Annual report on the lock hospitals of the Madras Presidency
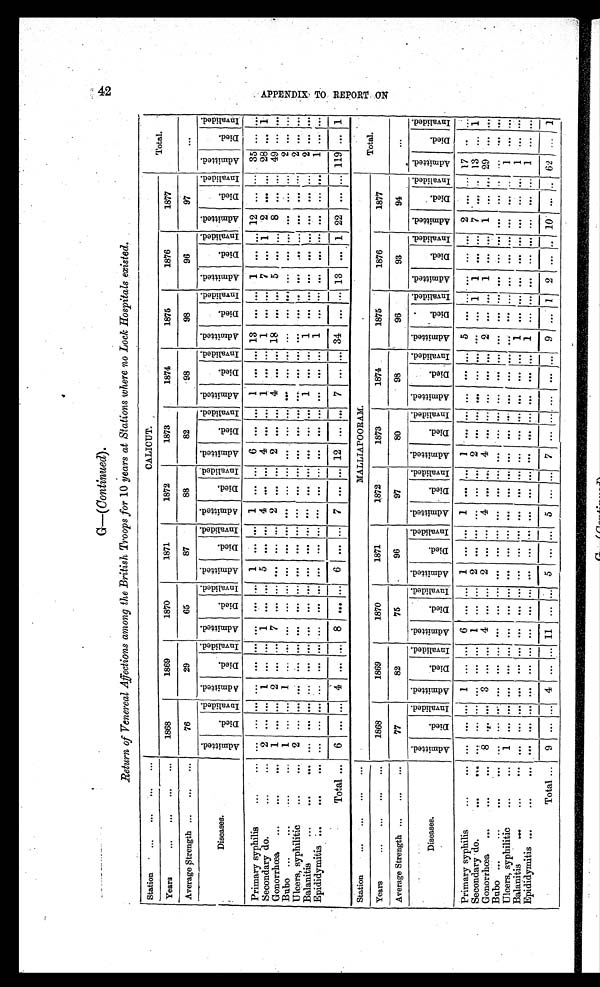
G—(Continued).
Return of Venereal Affections among the British Troops for 10 years at Stations where no Lock Hospitals existed.
Station ... ... ... ... ...
CALICUT.
Total.
Years
... ... ...
1868
1869
1870
1871
1872
1873
1874
1875
1876
1877
Average Strength ... ... ...
76
29
65
87
88
82
98
98
96
97
. . .
Diseases.
A d m i t t e d . D i e d . I n v a l i d e d .
A d m i t t e d .
D i e d .
I n v a l i d e d .
A d m i t t e d . Di e d . I n v a l i d e d . A d m i t t e d . Di e d . I n v a l i d e d .
A d m i t t e d .
D i e d . I n v a l i d e d . Ad mi t t e d . D i e d . I n v a l i d e d . A d m i t t e d . D i e d . I n v a l i d e d . A d m i t t e d . D i e d . I n v a l i d e d . A d m i t t e d . D i e d . I n v a l i d e d . A d m i t t e d . D i e d . I n v a l i d e d . A d m i t t e d .
Died.
I n v a l i d e d .
Primary syphilis
...
.... ... ...... ... ... ... ...
1 . . . . . . 1 . . . . . . 6 . . . . . . 1 . . . . . . . . . 13 . . . . . . 1 . . . . . . 12 . . . . . . 35 . . . . . .
Secondary do.
... 2 ... ... 1 . . . . . . 1
. . . . . . 5 . . . . . . 4 . . . . . . 4 . . . . . . 1 . . . . . . 1 . . . . . . 7 . . . 1 2 . . . . . . 28 . . . 1
Gonorrhœa...
...
... 1 ... ... 2 ... ... 7 ... ... ... ... ... 2 ... ... 2 . . . . . . 4 . . . . . . 18 . . . . . . 5 . . . . . . 8 . . . . . . 49 . . . . . .
Bubo ...
...
...
... 1 . . . ... 1 . . . ... . . . ... ... ... ... ... . . . ... ... ... . . . ... . . . . . . . . . . . . . . . . . . . . . . . . . . . . . . . . . . . . . 2 . . . . . .
Ulcers, syphilitic ... ...
2 ... ... . . . ... ... ... ... ... ... ... ... ... ... ... ... . . . ... . . . . . . . . . . . . . . . . . . . . .
. . . . . . . . .
. . . . . . 2 . . . . . .
Balanitis
...
...
... ... ... ... . . . ... ... ... ... ... ... ... ... . . . . . . ... ... . . . ... 1 . . . . . . 1 . . . . . . . . . . . . . . . . . . . . . . . . 2 . . . . . .
Epididymitis ...
...
... ... ... . . . ... ... ... ... ... ... ... ... . . . ... ... ... ... ... . . . . . . . . . 1 . . . . . . . . . . . . . . . . . . . . . . . . 1 . . . . . .
Total... 6 ... ... 4 ... ... 8
. . . . . . 6 . . . . . . 7 . . . . . . 12 . . . . . . 7 . . . . . . 34 . . . . . . 13 . . . 1 22 . . . . . . 119 . . . 1
Station
... ...
MALLIAPOORAM.
Total.
Years
... ... ... ...
1868
1869
1870
1871
1872
1873
1874
1875
1876
1877
Average Strength ... ... ...
77
82
75
96
97
80
98
96
9 3
94
. . .
Diseases.
A d m i t t e d .
D i e d . I n v a l i d e d . A d m i t t e d .
D i e d . I n v a l i d e d . A d m i t t e d . Di e d. I n v a l i d e d . A d m i t t e d . Di e d . I n v a l i d e d . A d m i t t e d . D i e d . I n v a l i d e d . Ad mi t t e d . D i e d . I n v a l i d e d . A d m i t t e d . Died. I n v a l i d e d . A d m i t t e d .
D i e d . I n v a l i d e d . A d m i t t e d . D i e d . I nval i d A d m i t t e d . D i e d . I n v a l i d Ad mi t t e d . Di ed. I nva l i d
Primary syphilis
...
. . . . . . . . . 1 . . . . . . 6
. . . . . . 1 . . . . . . 1 . . . . . . 1 . . . . . . . . . . . . . . . 5 . . . . . . . . . . . . . . . 2 . . . . . . 17 . . . . . .
Secondary do.
...
. . . . . . . . . . . . . . . . . . 1
. . . . . . 2 . . . . . . . . . . . . . . . 2 . . . . . . . . . . . . . . . , . . . . . . 1 1
. . . . . . 7 . . . . . . 1 3 . . . 1
Gonorrhœa, ... ...
8
. . . . . . 3
. . . . . . 4 . . . . . . 2 . . . . . . 4
. . . . . . 4
. . . . . . . . . . . . . . . 2 . . . . . . 1 . . . . . . 1
. . . . . . 2 9 . . . . . .
Bubo
. . . . . . . . . . . .
. . . . . . . . .
... ... ... ... ... ... . . . . . . . . . . . . . . . . . . . . . . . . . . . . . . . . . ... ... ... ... ...... ... ......... ... ...... ... ...... ... ...... ...
. . . . . . . . . . . .
Ulcers, syphilitic ...
... 1
. . . . . . ... ... ... ... ... ... ... ... ... . . . ... ... ... ... ... ... ... ... ... . . . ... ... ... ... . . . . . .
. . . 1
. . . . . .
Balanitis
.... ... ...
. . . . . . . . .
... ... ... ... ... ... ... ... ... ... ... ...... ... ...... ... ...... 1 ...... ... ...... ...
. . . 1
. . . . . .
Epididymitis ...
...
. . . . . . . . . . . . . . . . . . . . . . . . . . . . . . . . . . . . . . . .
. . . . . . . . . . . . . . . . . .
. . . . . . 1 . . . . . . . . . . . . . . . . . . . . . 1 . . . . . .
Total... 9
. . .
4 . . . . . . 11 . . . . . . 5 . . . . . . 5
. . . . . . 7
. . . . . . . . .
. . .
. . .
9 . . .
1 2
. . . . . . 10 . . .
. . . 62
. . . 1
4 2